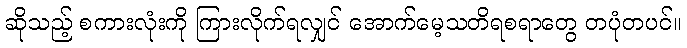
ဆိုသည့် စကားလုံးကို ကြားလိုက်ရလျှင် အောက်မေ့သတိရစရာတွေ တပုံတပင်။